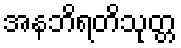
အနဘိရတိသုတ္တ